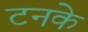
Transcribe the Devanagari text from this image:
टनके